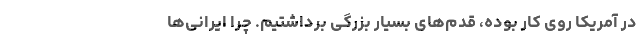
در آمریکا روی کار بوده، قدم‌های بسیار بزرگی برداشتیم. چرا ایرانی‌ها